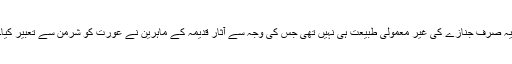
یہ صرف جنازے کی غیر معمولی طبیعت ہی نہیں تھی جس کی وجہ سے آثار قدیمہ کے ماہرین نے عورت کو شرمن سے تعبیر کیا۔